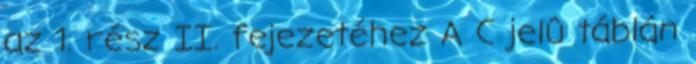
az 1. rész II. fejezetéhez A C jelû táblán